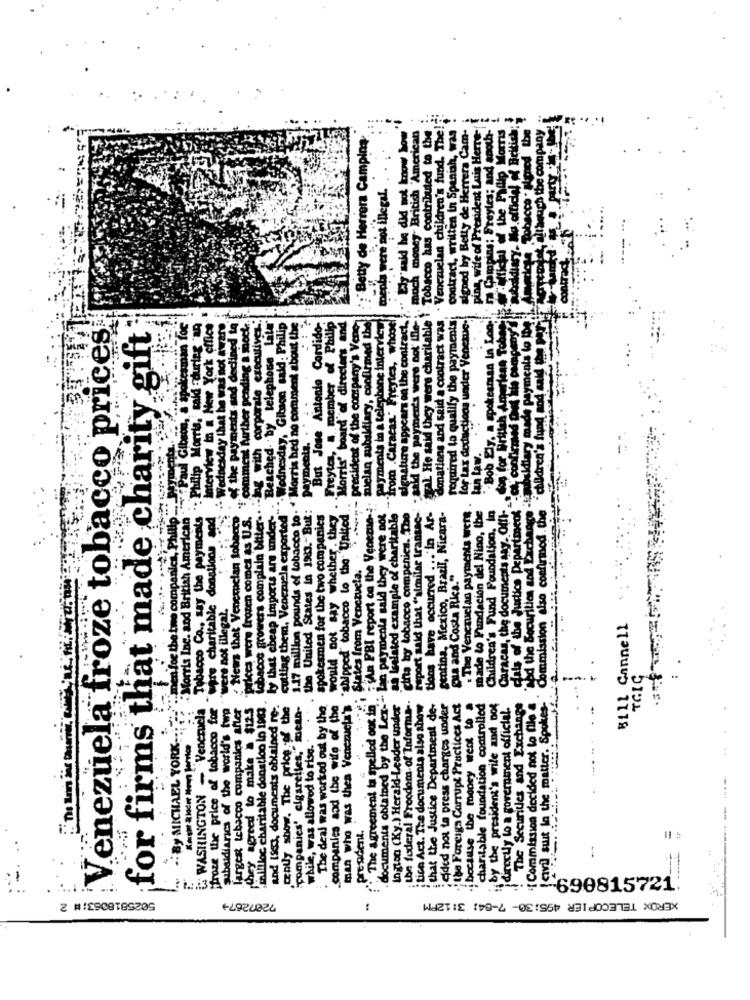
Elip raid he did not know how
much money British American
zal He said they were charitable | Tobacco has contributed to the
. Venezuelan children's fund. The!
contract, written in Spanish, was
signed by Betty de Herrera Cam-
ping, wife of President Luis Herre-
: Bety de Herrera Camping
toenla were not illegal. .. ..
un In Lool : in Camping: Freyles; and anoth
west draeuch the company
signature appears on the contract. ..
Venezuela froze tobacco prices
ervicw tn a New York office
the payments and declined to
ing with corporate executivez .:
Reached- by telephone Late'
- Wednesday, Gibson said: Philip
1.17 million pounds of tobacco to. " Morris hed no comment about the
member of Philip
ris' board of directors and
president of the company's Veno-
mielan subaldiary, confirmed the
payments in a telephone interview
"from .Caracas" Freytes, whose!
said the paymen's were not the-
donations and said a contract was
required to qualify the payments
for Lax deductions under Venezue-
man for
bilip Morris, said -during an
ading a mock ..
But Jose Antonio Cordido
for firms that made charity gift
+- Wednesday that he was
comment Further pend
payments. . .
Commission also confirmed. the children's fun
Bob Ely.
for Bry
nents
tun law.
FCAn PBI report on the Venezue -.
tobacco growers complain bitter ..
ly that cheap imports are under-
ze paymenta said they were not
toos have occurred ... In Ar-
: The Venezuelan payments were
Children's Fund Foundation, In
Caracas, the documents any. Offl-
a for the two companies, Philip.
Morris Inc. and British American
Tobacco Co ., say the payments
News that Venemelan tobbers"
the United States in 1985. But:
spokesmen for the two companies
would not say whether . they
"shipped" tobacco to the United
za Galated example of charitable
cinta by tobacco companies. The
raport said that "almilar transac-
stotina, Mexico, Brazil, Nicara-
made to Fundacion del Nino, the
clals of the Justice Department
rices were frozen comes as U.
cutting them, Venezuela export
. "Cod the Securities and Eich
Stroze the price of tobacco for "were charitable donati
States from Venezuela,
ou and Costa Rica."
re not illegal,
Bill Cannell
TGIC
. documents obtained by the Lex-" L
" The agreement ta spelled oot in"
; Lon federal Freedom of Informa -.
!The Securities and Exchange
Commission decided not to file a
civil suit in the matter. Spokes
WASHINGTON - Venezuela
subsidiarics of the world's twa
largest tebacco companies after
they agreed to make # $125
'ialliloc charitable donation lo 1983
and 1963, documents obtained re-
only show. The price of the
icompanies' cigarettes,"mean-
while, was allowed to rise.
: The deal was worked out by the
.companies and the wife of the
man who was thea Venezuela's
Ington (Ky.) Herald-Leader under
tice Act. The documents also show
that the Justice Department de-
jeided not ta press charges under
the Foreign Corrupt Practices Act
ibecause the money went to .
charitable foundation controlled
by the president's wile and not
directly to a government official.
.: By MICHAEL YORK
.Prendent.
-
:
-690815721
7207267+
XEROX TELECOPIER 495:30- 7-84: 3:12PM
Z #:ESOST8920S